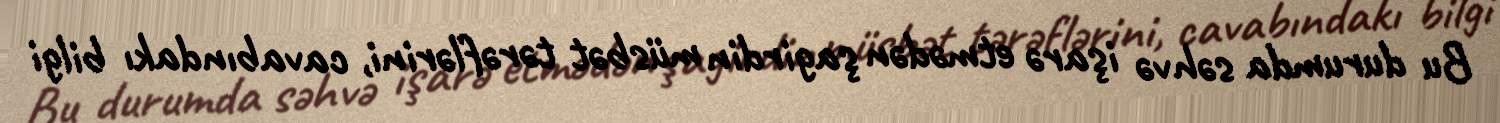
Bu durumda səhvə işarə etmədən şagirdin müsbət tərəflərini, cavabındakı bilgi